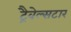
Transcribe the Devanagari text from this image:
ट्रैवेल्सटार